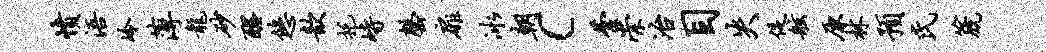
愤浯冷薄龙砂醒悠歆托峙罄扉冰朝c芸崇冶目失促舷原林预氏篪